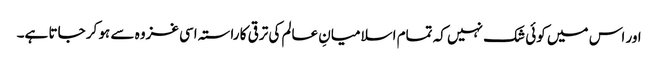
اور اس میں کوئی شک نہیں کہ تمام اسلامیانِ عالم کی ترقی کا راستہ اسی غزوہ سے ہو کر جاتا ہے۔